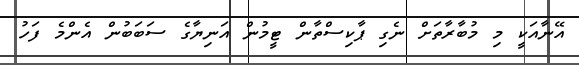
އޭނާއަކީ މި މުބާރާތަށް ނެގި ޕާކިސްތާން ޓީމުން އަނިޔާގެ ސަބަބުން އެންމެ ފަހު